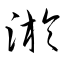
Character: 淤